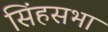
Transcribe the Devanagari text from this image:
सिंहसभा